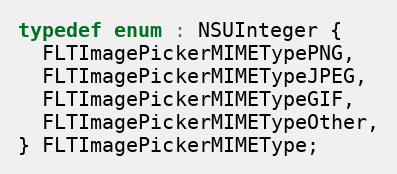
Language: C
typedef enum : NSUInteger {
  FLTImagePickerMIMETypePNG,
  FLTImagePickerMIMETypeJPEG,
  FLTImagePickerMIMETypeGIF,
  FLTImagePickerMIMETypeOther,
} FLTImagePickerMIMEType;